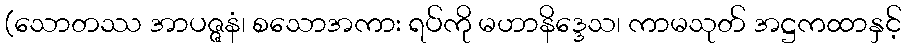
(သောတဿ အာပဇ္ဇနံ၊ စသောအကား ရပ်ကို မဟာနိဒ္ဒေသ၊ ကာမသုတ် အဋ္ဌကထာနှင့်